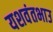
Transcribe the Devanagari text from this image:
यशवंतभाउ